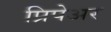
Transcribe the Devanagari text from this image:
प्रिपेअर